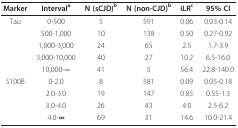
<table><thead><tr><td><b>Marker</b></td><td><b>Interval<sup>a</sup></b></td><td><b>N (sCJD)<sup>b</sup></b></td><td><b>N (non-CJD)<sup>b</sup></b></td><td><b>iLR<sup>c</sup></b></td><td><b>95% CI</b></td></tr></thead><tbody><tr><td>Tau</td><td>0-500</td><td>5</td><td>591</td><td>0.06</td><td>0.03-0.14</td></tr><tr><td>[EMPTY_CELL]</td><td>500-1,000</td><td>10</td><td>138</td><td>0.50</td><td>0.27-0.92</td></tr><tr><td>[EMPTY_CELL]</td><td>1,000-3,000</td><td>24</td><td>65</td><td>2.5</td><td>1.7-3.9</td></tr><tr><td>[EMPTY_CELL]</td><td>3,000-10,000</td><td>40</td><td>27</td><td>10.2</td><td>6.5-16.0</td></tr><tr><td>[EMPTY_CELL]</td><td>10,000-∞</td><td>41</td><td>5</td><td>56.4</td><td>22.8-140.0</td></tr><tr><td>S100B</td><td>0-2.0</td><td>8</td><td>581</td><td>0.09</td><td>0.05-0.18</td></tr><tr><td>[EMPTY_CELL]</td><td>2.0-3.0</td><td>19</td><td>147</td><td>0.85</td><td>0.55-1.3</td></tr><tr><td>[EMPTY_CELL]</td><td>3.0-4.0</td><td>26</td><td>43</td><td>4.0</td><td>2.5-6.2</td></tr><tr><td>[EMPTY_CELL]</td><td>4.0-<b>∞</b></td><td>69</td><td>31</td><td>14.6</td><td>10.0-21.4</td></tr></tbody></table>